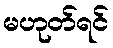
မဟုတ်ရင်